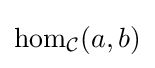
{\text{hom}}_{\mathcal {C}}(a,b)